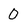
Character: O